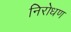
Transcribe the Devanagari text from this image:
निरोधण